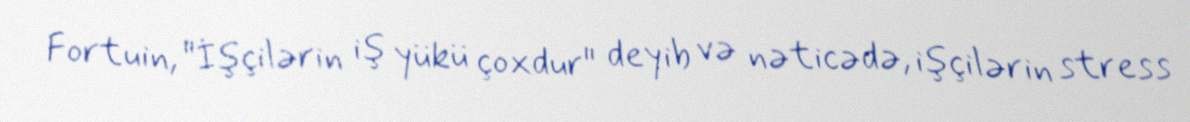
Fortuin, "İşçilərin iş yükü çoxdur" deyib və nəticədə, işçilərin stress